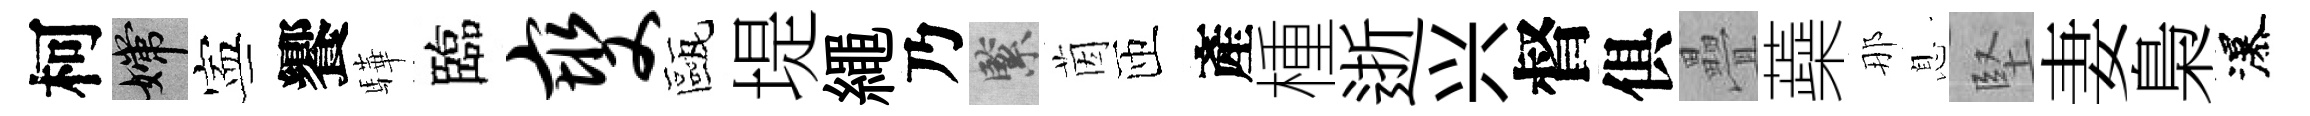
柯嫦寕饗驊臨燮甌堤繩乃緊茵匝產㮔逝兴督俱疊蘃那息堅妻梟瀑